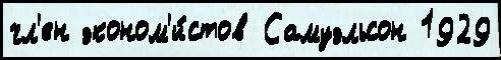
чл'ен эконом'и́стов Самуэльсон 1929